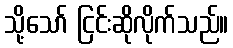
သို့သော် ငြင်းဆိုလိုက်သည်။